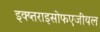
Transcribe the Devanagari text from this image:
इक्ष्तराइसोफएजीयल